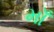
માઁ